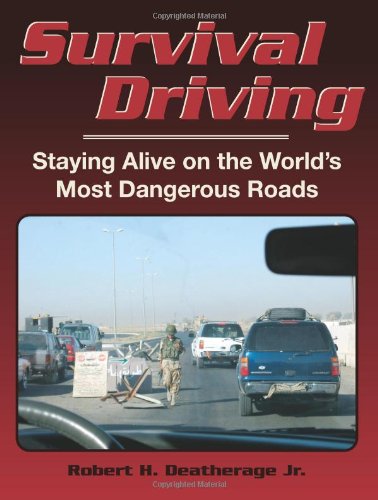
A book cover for Survival Driving: Staying Alive on the World's Most Dangerous Roads; Robert H. Deatherage; Test Preparation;